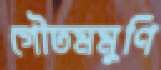
গৌতমমুণি